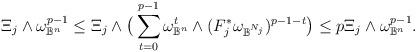
LaTeX: \begin{align*}\Xi_j \wedge \omega_{\mathbb{B}^n}^{p-1} \leq \Xi_j \wedge \big( \sum_{t=0}^{p-1} \omega^t_{\mathbb{B}^n} \wedge (F_j^*\omega_{\mathbb{B}^{N_j}})^{p-1-t} \big) \leq p \Xi_j \wedge \omega_{\mathbb{B}^n}^{p-1}.\end{align*}